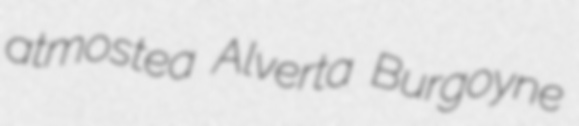
atmostea Alverta Burgoyne